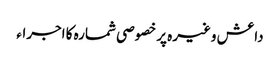
داعش وغیرہ پر خصوصی شمارہ کا اجراء